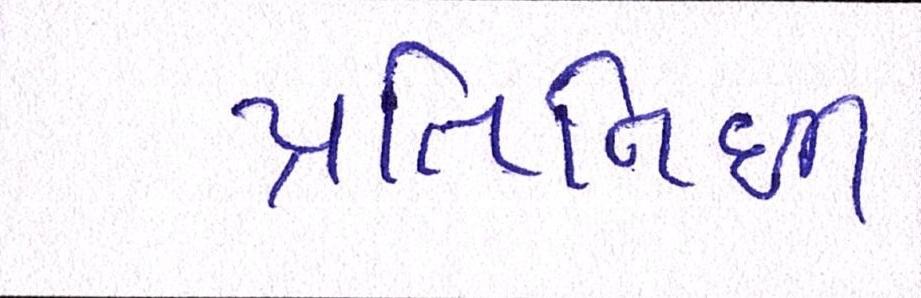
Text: પ્રતિનિધી